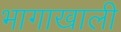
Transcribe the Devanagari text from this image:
भागाखाली